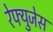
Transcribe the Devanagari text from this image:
रेफ्युजेस